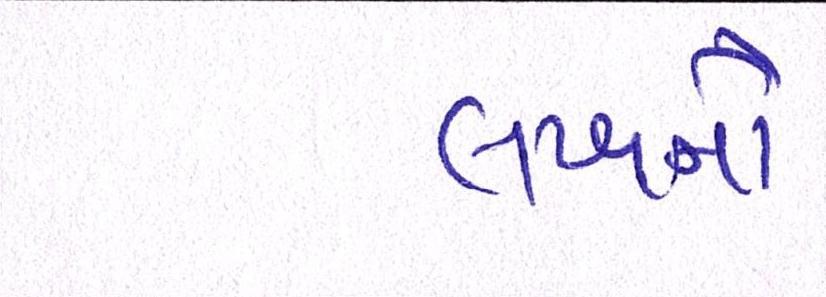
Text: લખનૌ